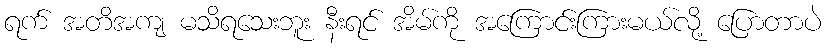
ရက် အတိအကျ မသိရသေးဘူး နီးရင် အိမ်ကို အကြောင်းကြားမယ်လို့ ပြောတာပဲ